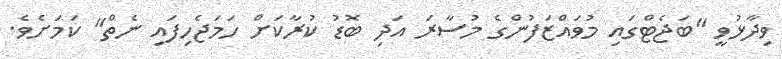
ވިދާޅުވީ "ބަޖެޓްގައި މުވައްޒަފުންގެ މުސާރަ އަދި ބޮޑު ކުރާކަށް ހަމަޖެހިފައި ނެތް" ކަމަށެވެ.